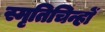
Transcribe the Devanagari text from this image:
स्मृतिचिन्हों